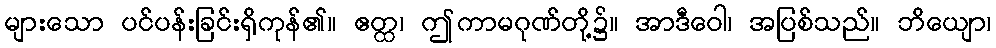
များသော ပင်ပန်းခြင်းရှိကုန်၏။ ဧတ္ထ၊ ဤကာမဂုဏ်တို့၌။ အာဒီဝေါ၊ အပြစ်သည်။ ဘိယျော၊